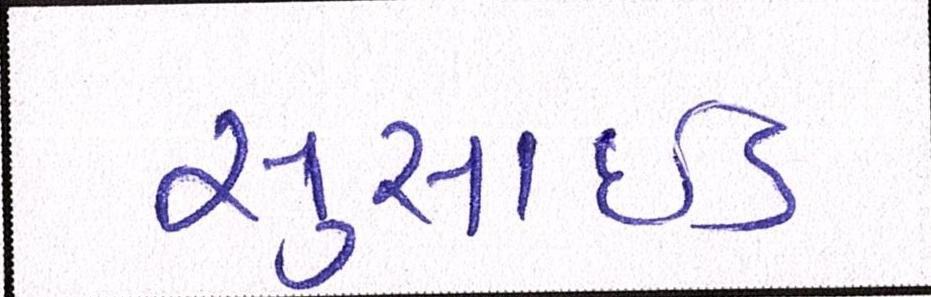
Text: સુસાઈડ